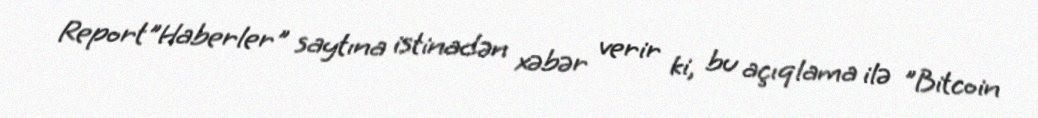
Report"Haberler" saytına istinadən xəbər verir ki, bu açıqlama ilə "Bitcoin